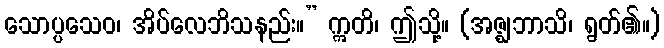
သောပ္ပသေဝ၊ အိပ်လေဘိသနည်း။” ဣတိ၊ ဤသို့။ (အဇ္ဈဘာသိ၊ ရွတ်၏။)